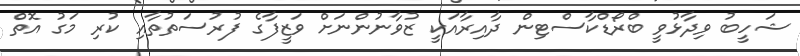
ޝަހީބު ވިދާޅުވީ ބްރޯޑްކާސްޓިން ދާއިރާއަކީ ޒުވާނުންނަށް ވަޒީފާގެ ފުރުސަތުތާއި ކުރި މަގު އޮތް